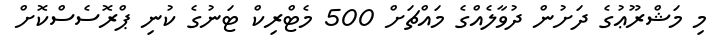
މި މަޝްރޫޢުގެ ދަށުން ދުވާލެއްގެ މައްޗަށް 500 މެޓްރިކް ޓަނުގެ ކުނި ޕްރޮސެސްކޮށް